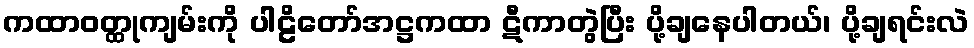
ကထာဝတ္ထုကျမ်းကို ပါဠိတော်အဋ္ဌကထာ ဋီကာတွဲပြီး ပို့ချနေပါတယ်၊ ပို့ချရင်းလဲ